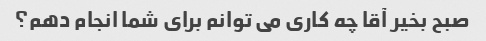
صبح بخیر آقا چه کاری می توانم برای شما انجام دهم؟